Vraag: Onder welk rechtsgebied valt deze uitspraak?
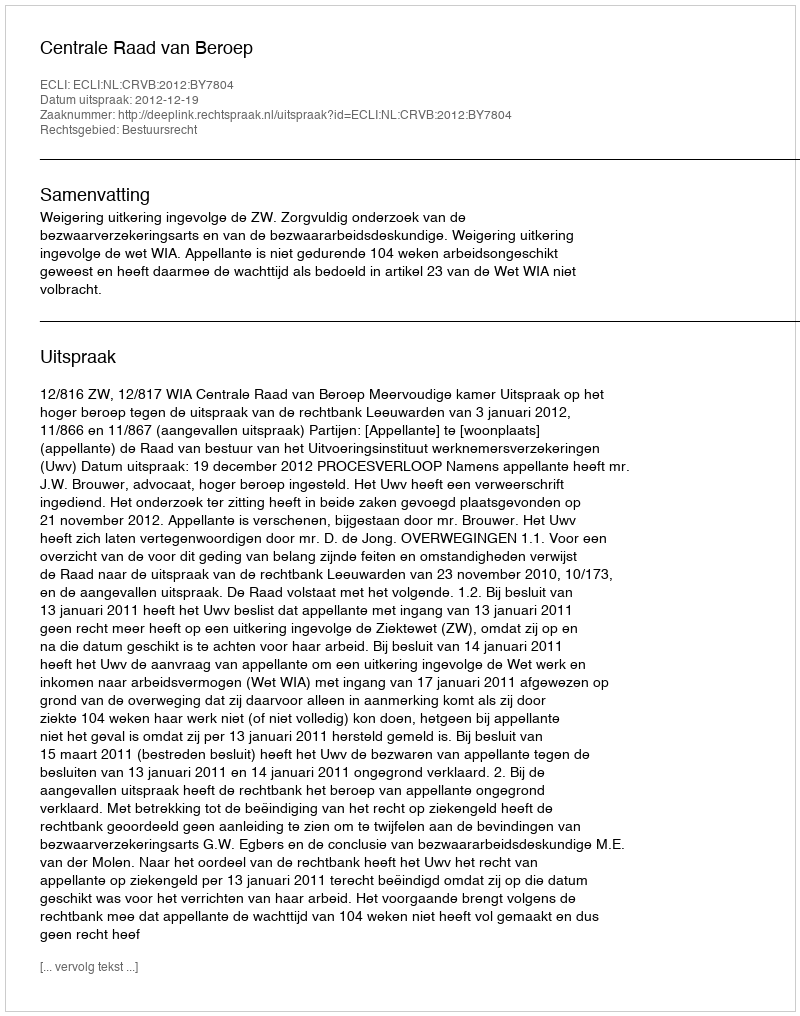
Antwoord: Bestuursrecht